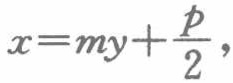
$x = my+\frac{p}{2},$